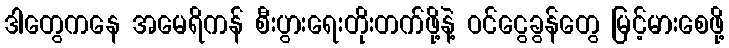
ဒါတွေကနေ အမေရိကန် စီးပွားရေးတိုးတက်ဖို့နဲ့ ဝင်ငွေခွန်တွေ မြင့်မားစေဖို့